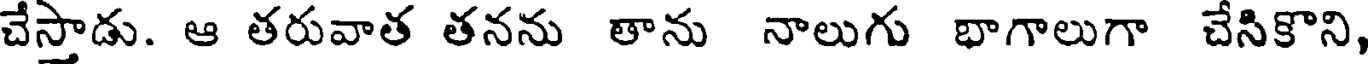
చేస్తాడు. ఆ తరువాత తనను తాను నాలుగు భాగాలుగా చేసికొని,